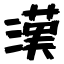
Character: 漢